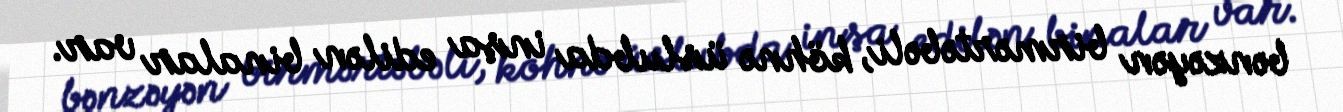
bənzəyən birmərtəbəli, köhnə üslubda inşa edilən binalar var.